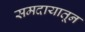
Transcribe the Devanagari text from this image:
समदायातून